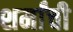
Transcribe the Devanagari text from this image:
शर्मांची